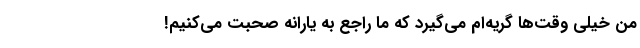
من خیلی وقت‌ها گریه‌ام می‌گیرد که ما راجع ‌به یارانه صحبت می‌کنیم!